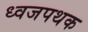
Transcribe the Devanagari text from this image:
ध्वजपथक